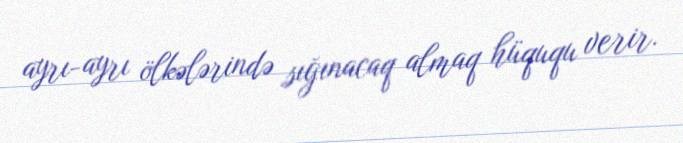
ayrı-ayrı ölkələrində sığınacaq almaq hüququ verir.